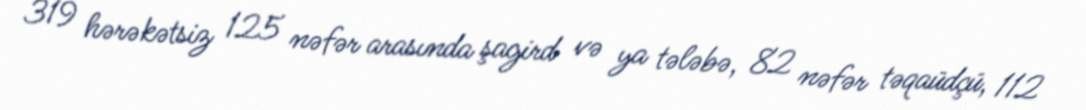
319 hərəkətsiz 125 nəfər arasında şagird və ya tələbə, 82 nəfər təqaüdçü, 112